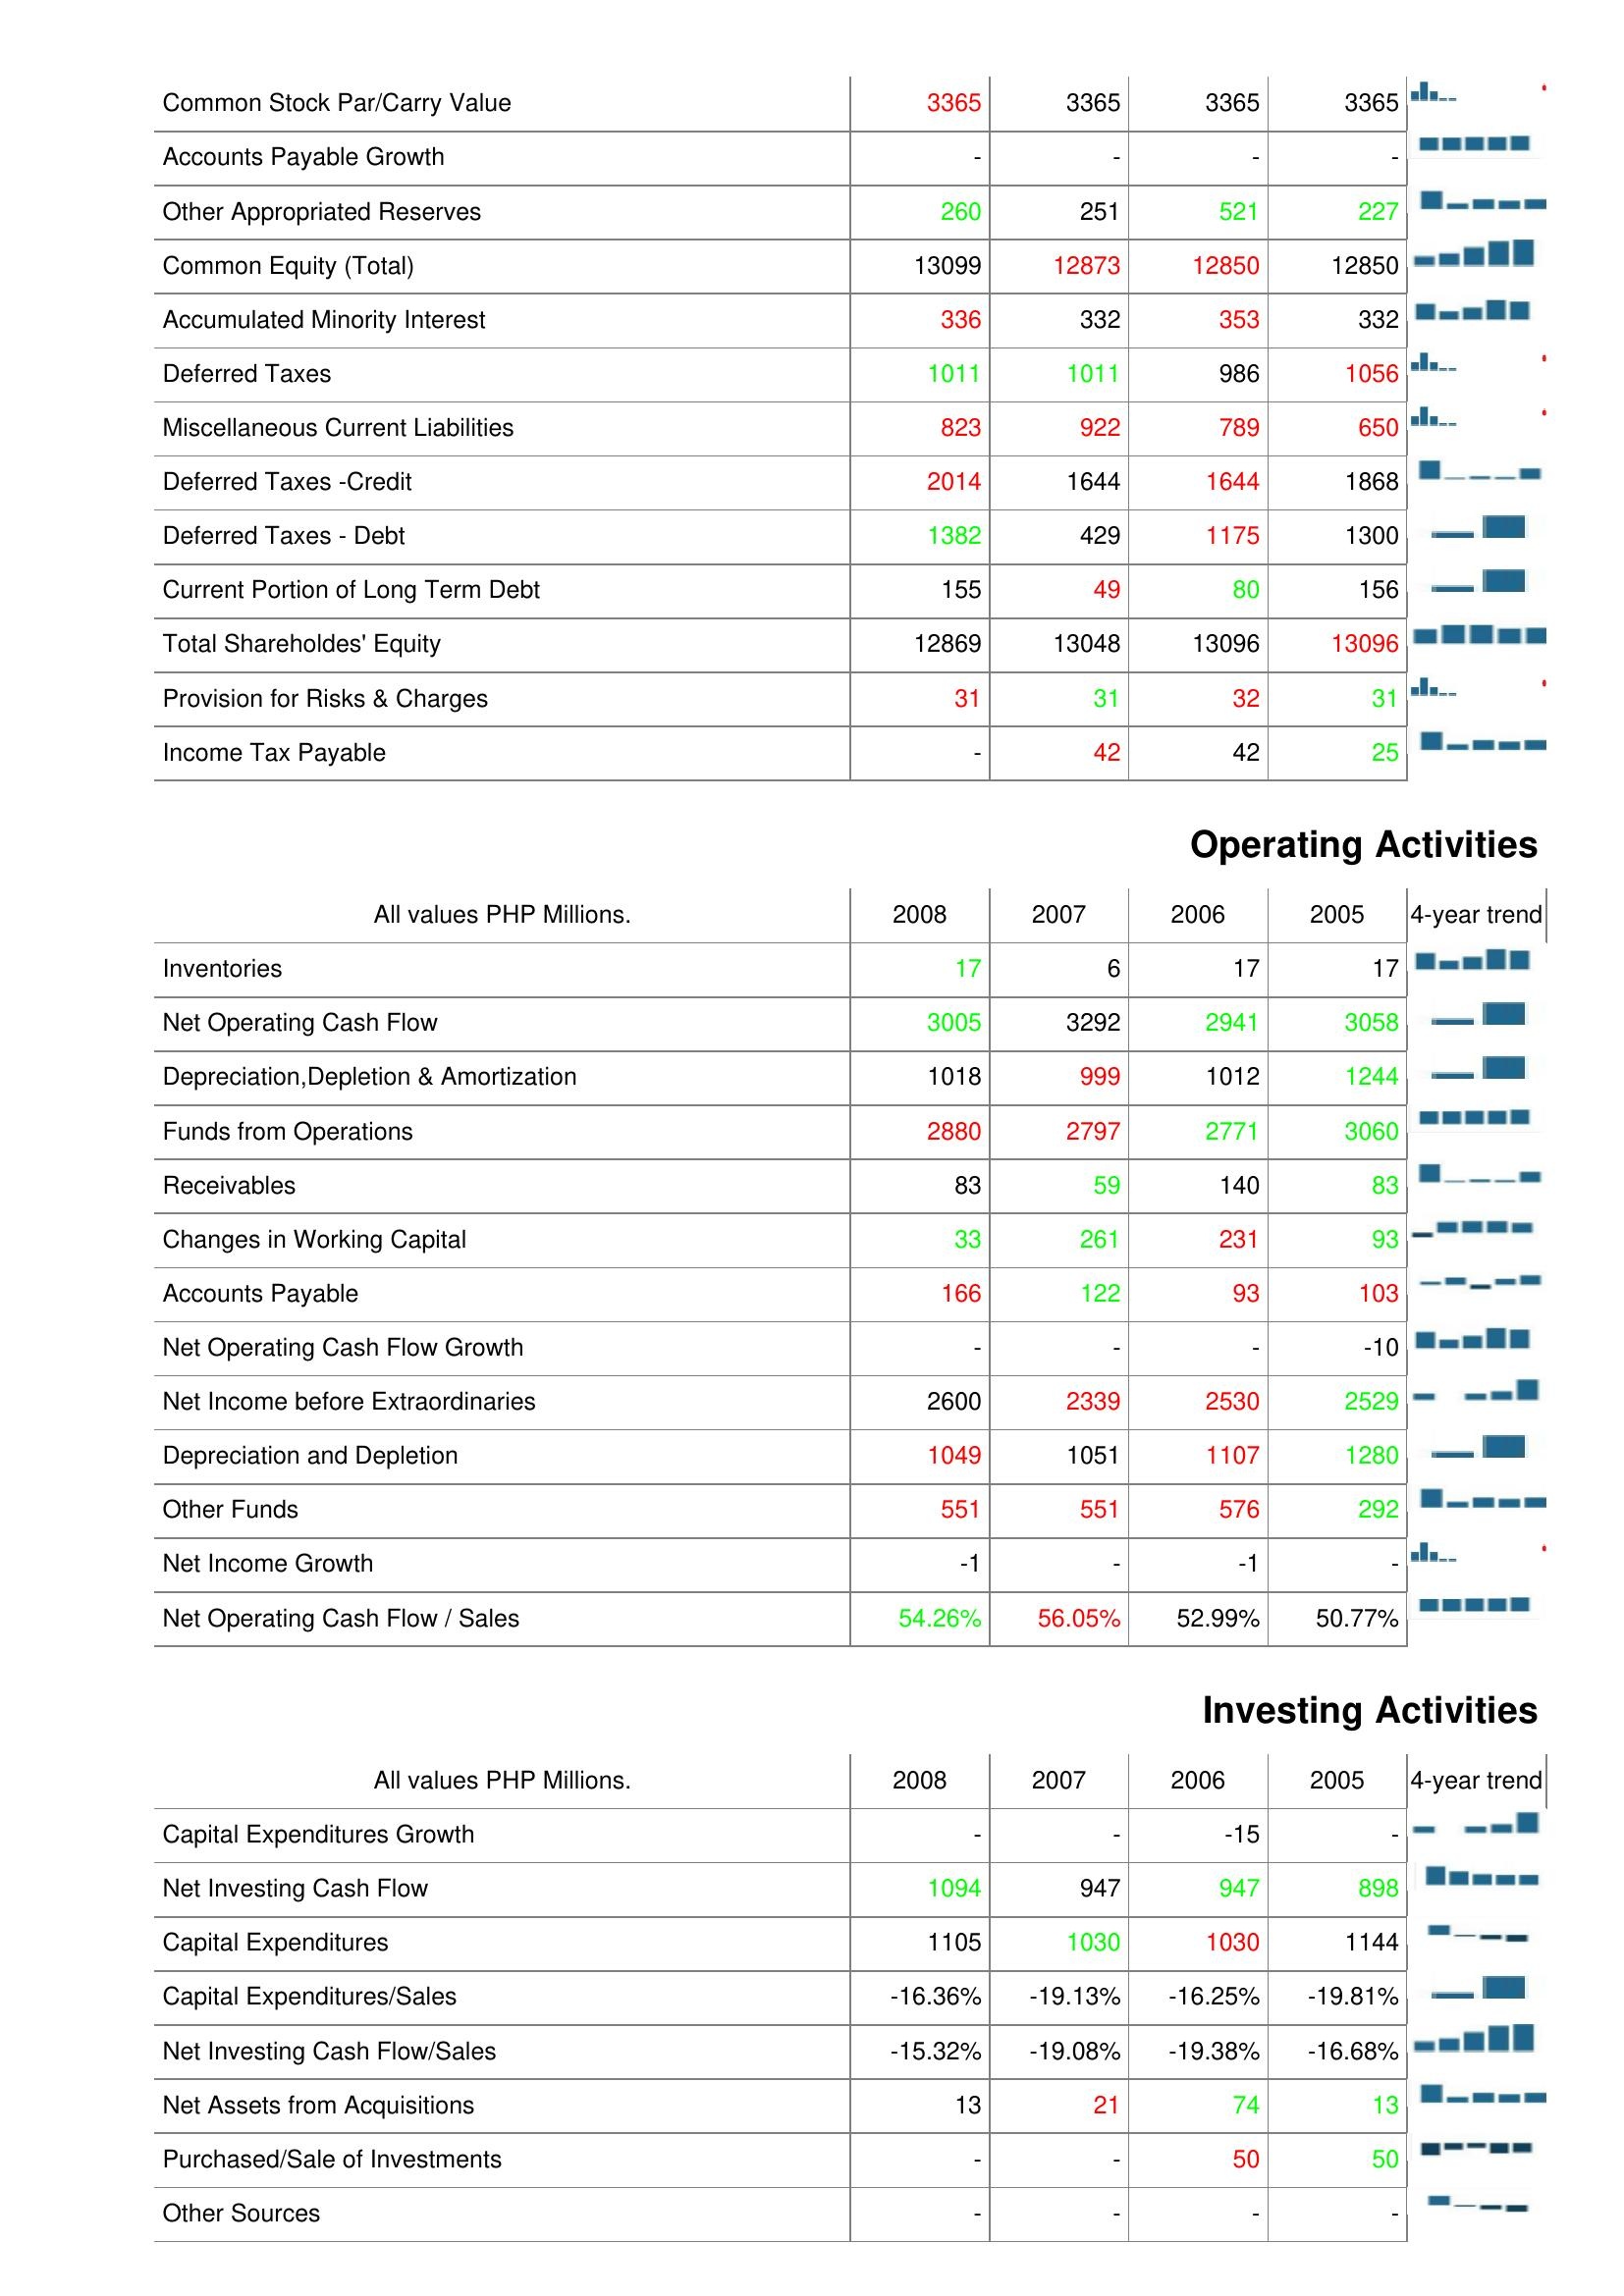
2008: Liabilities & Shareholder's Equity: Common Stock Par/Carry Value: 3365
Accounts Payable Growth: -
Other Appropriated Reserves: 260
Common Equity (Total): 13099
Accumulated Minority Interest: 336
Deferred Taxes: 1011
Miscellaneous Current Liabilities: 823
Deferred Taxes -Credit: 2014
Deferred Taxes - Debt: 1382
Current Portion of Long Term Debt: 155
Total Shareholdes' Equity: 12869
Provision for Risks & Charges: 31
Income Tax Payable: -
Operating Activities: Inventories: 17
Net Operating Cash Flow: 3005
Depreciation,Depletion & Amortization: 1018
Funds from Operations: 2880
Receivables: 83
Changes in Working Capital: 33
Accounts Payable: 166
Net Operating Cash Flow Growth: -
Net Income before Extraordinaries: 2600
Depreciation and Depletion: 1049
Other Funds: 551
Net Income Growth: -1
Net Operating Cash Flow / Sales: 54.26%
Investing Activities: Capital Expenditures Growth: -
Net Investing Cash Flow: 1094
Capital Expenditures: 1105
Capital Expenditures/Sales: -16.36%
Net Investing Cash Flow/Sales: -15.32%
Net Assets from Acquisitions: 13
Purchased/Sale of Investments: -
Other Sources: -
2007: Liabilities & Shareholder's Equity: Common Stock Par/Carry Value: 3365
Accounts Payable Growth: -
Other Appropriated Reserves: 251
Common Equity (Total): 12873
Accumulated Minority Interest: 332
Deferred Taxes: 1011
Miscellaneous Current Liabilities: 922
Deferred Taxes -Credit: 1644
Deferred Taxes - Debt: 429
Current Portion of Long Term Debt: 49
Total Shareholdes' Equity: 13048
Provision for Risks & Charges: 31
Income Tax Payable: 42
Operating Activities: Inventories: 6
Net Operating Cash Flow: 3292
Depreciation,Depletion & Amortization: 999
Funds from Operations: 2797
Receivables: 59
Changes in Working Capital: 261
Accounts Payable: 122
Net Operating Cash Flow Growth: -
Net Income before Extraordinaries: 2339
Depreciation and Depletion: 1051
Other Funds: 551
Net Income Growth: -
Net Operating Cash Flow / Sales: 56.05%
Investing Activities: Capital Expenditures Growth: -
Net Investing Cash Flow: 947
Capital Expenditures: 1030
Capital Expenditures/Sales: -19.13%
Net Investing Cash Flow/Sales: -19.08%
Net Assets from Acquisitions: 21
Purchased/Sale of Investments: -
Other Sources: -
2006: Liabilities & Shareholder's Equity: Common Stock Par/Carry Value: 3365
Accounts Payable Growth: -
Other Appropriated Reserves: 521
Common Equity (Total): 12850
Accumulated Minority Interest: 353
Deferred Taxes: 986
Miscellaneous Current Liabilities: 789
Deferred Taxes -Credit: 1644
Deferred Taxes - Debt: 1175
Current Portion of Long Term Debt: 80
Total Shareholdes' Equity: 13096
Provision for Risks & Charges: 32
Income Tax Payable: 42
Operating Activities: Inventories: 17
Net Operating Cash Flow: 2941
Depreciation,Depletion & Amortization: 1012
Funds from Operations: 2771
Receivables: 140
Changes in Working Capital: 231
Accounts Payable: 93
Net Operating Cash Flow Growth: -
Net Income before Extraordinaries: 2530
Depreciation and Depletion: 1107
Other Funds: 576
Net Income Growth: -1
Net Operating Cash Flow / Sales: 52.99%
Investing Activities: Capital Expenditures Growth: -15
Net Investing Cash Flow: 947
Capital Expenditures: 1030
Capital Expenditures/Sales: -16.25%
Net Investing Cash Flow/Sales: -19.38%
Net Assets from Acquisitions: 74
Purchased/Sale of Investments: 50
Other Sources: -
2005: Liabilities & Shareholder's Equity: Common Stock Par/Carry Value: 3365
Accounts Payable Growth: -
Other Appropriated Reserves: 227
Common Equity (Total): 12850
Accumulated Minority Interest: 332
Deferred Taxes: 1056
Miscellaneous Current Liabilities: 650
Deferred Taxes -Credit: 1868
Deferred Taxes - Debt: 1300
Current Portion of Long Term Debt: 156
Total Shareholdes' Equity: 13096
Provision for Risks & Charges: 31
Income Tax Payable: 25
Operating Activities: Inventories: 17
Net Operating Cash Flow: 3058
Depreciation,Depletion & Amortization: 1244
Funds from Operations: 3060
Receivables: 83
Changes in Working Capital: 93
Accounts Payable: 103
Net Operating Cash Flow Growth: -10
Net Income before Extraordinaries: 2529
Depreciation and Depletion: 1280
Other Funds: 292
Net Income Growth: -
Net Operating Cash Flow / Sales: 50.77%
Investing Activities: Capital Expenditures Growth: -
Net Investing Cash Flow: 898
Capital Expenditures: 1144
Capital Expenditures/Sales: -19.81%
Net Investing Cash Flow/Sales: -16.68%
Net Assets from Acquisitions: 13
Purchased/Sale of Investments: 50
Other Sources: -